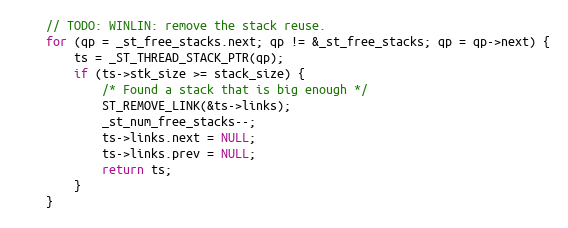
Language: C
    // TODO: WINLIN: remove the stack reuse.
    for (qp = _st_free_stacks.next; qp != &_st_free_stacks; qp = qp->next) {
        ts = _ST_THREAD_STACK_PTR(qp);
        if (ts->stk_size >= stack_size) {
            /* Found a stack that is big enough */
            ST_REMOVE_LINK(&ts->links);
            _st_num_free_stacks--;
            ts->links.next = NULL;
            ts->links.prev = NULL;
            return ts;
        }
    }